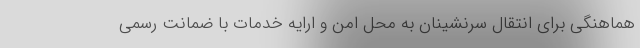
هماهنگی برای انتقال سرنشینان به محل امن و ارایه خدمات با ضمانت رسمی